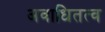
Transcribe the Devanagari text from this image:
अवाधितत्व